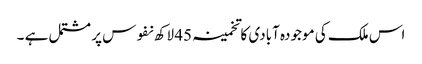
اس ملک کی موجودہ آبادی کا تخمینہ 45 لاکھ نفوس پر مشتمل ہے ۔